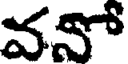
వనో